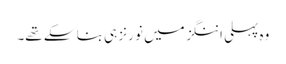
وہ پہلی اننگز میں نو رنز ہی بنا سکے تھے۔